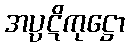
အပ္ပဋိကုဋ္ဌော